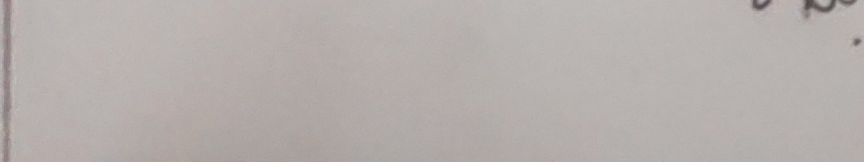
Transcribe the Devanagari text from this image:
९०.